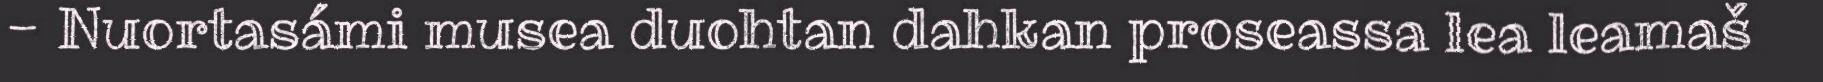
- Nuortasámi musea duohtan dahkan proseassa lea leamaš